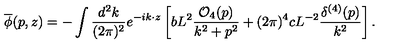
{ \overline { \phi } } ( p , z ) = - \int { \frac { d ^ { 2 } k } { ( 2 \pi ) ^ { 2 } } } e ^ { - i k \cdot z } \left[ b L ^ { 2 } { \frac { { \cal O } _ { 4 } ( p ) } { k ^ { 2 } + p ^ { 2 } } } + ( 2 \pi ) ^ { 4 } c L ^ { - 2 } { \frac { \delta ^ { ( 4 ) } ( p ) } { k ^ { 2 } } } \right] .